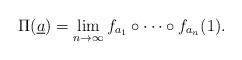
LaTeX: \begin{align*}\Pi(\underline{a}) = \lim_{n\to \infty} f_{a_1}\circ \cdots \circ f_{a_n}(1).\end{align*}